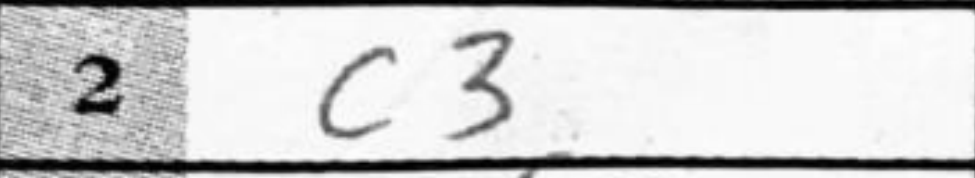
Transcription: c3